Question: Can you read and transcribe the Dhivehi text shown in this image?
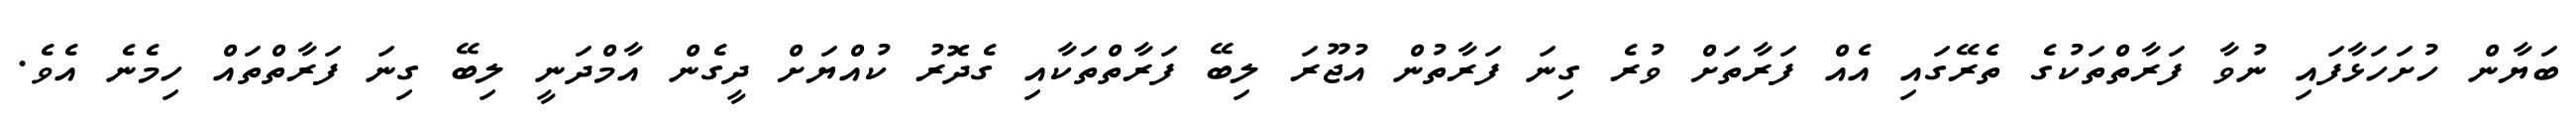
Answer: ބަޔާން ހުށަހަޅާފައި ނުވާ ފަރާތްތަކުގެ ތެރޭގައި އެއް ފަރާތަށް ވުރެ ގިނަ ފަރާތުން އުޖޫރަ ލިބޭ ފަރާތްތަކާއި ގެދޮރު ކުއްޔަށް ދީގެން އާމްދަނީ ލިބޭ ގިނަ ފަރާތްތައް ހިމެނެ އެވެ.